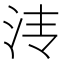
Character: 𰛓